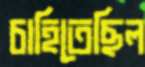
চাহিতেছিল